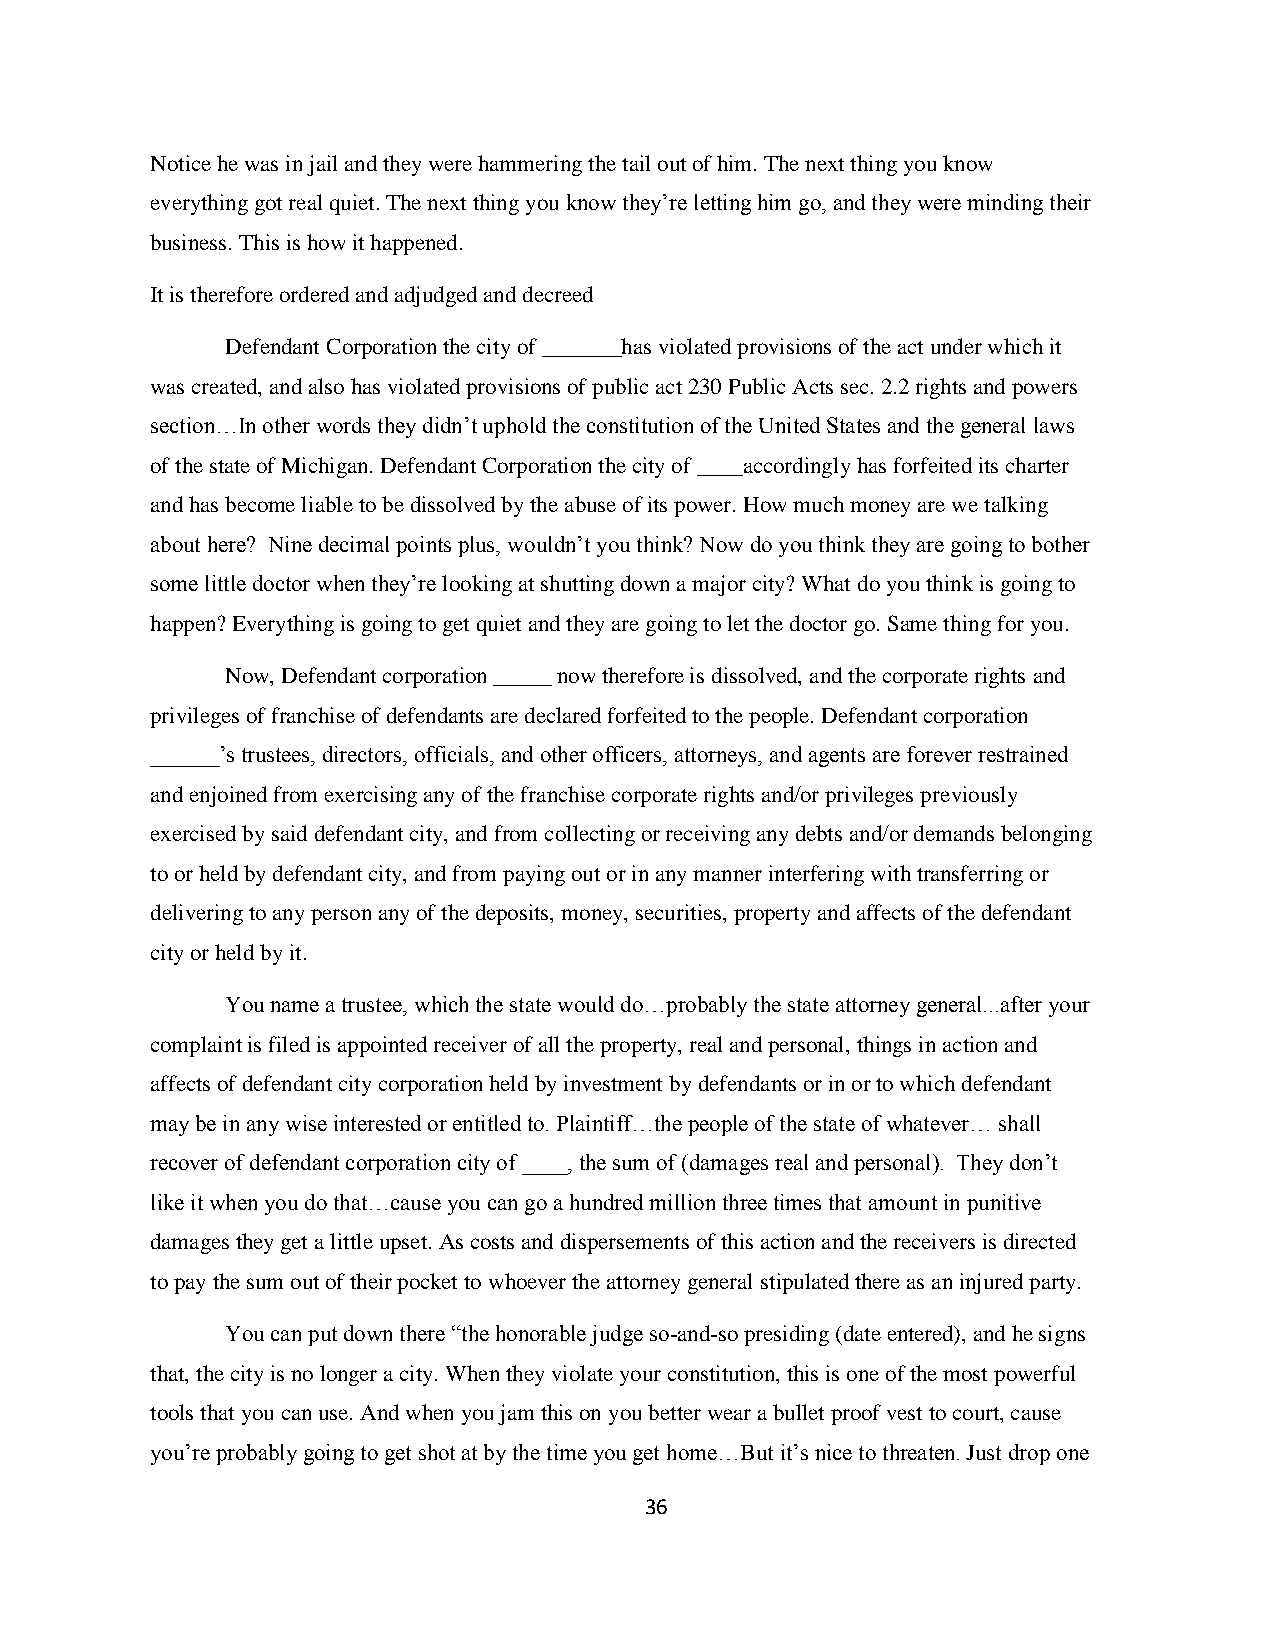
Notice he was in jail and they were hammering the tail out of him. The next thing you know
 everything got real quiet. The next thing you know they‟re letting him go, and they were minding their
 business. This is how it happened.
 It is therefore ordered and adjudged and decreed
 Defendant Corporation the city of _______has violated provisions of the act under which it
 was created, and also has violated provisions of public act 230 Public Acts sec. 2.2 rights and powers
 section…In other words they didn‟t uphold the constitution of the United States and the general laws
 of the state of Michigan. Defendant Corporation the city of ____accordingly has forfeited its charter
 and has become liable to be dissolved by the abuse of its power. How much money are we talking
 about here? Nine decimal points plus, wouldn‟t you think? Now do you think they are going to bother
 some little doctor when they‟re looking at shutting down a major city? What do you think is going to
 happen? Everything is going to get quiet and they are going to let the doctor go. Same thing for you.
 Now, Defendant corporation _____ now therefore is dissolved, and the corporate rights and
 privileges of franchise of defendants are declared forfeited to the people. Defendant corporation
 ______‟s trustees, directors, officials, and other officers, attorneys, and agents are forever restrained
 and enjoined from exercising any of the franchise corporate rights and/or privileges previously
 exercised by said defendant city, and from collecting or receiving any debts and/or demands belonging
 to or held by defendant city, and from paying out or in any manner interfering with transferring or
 delivering to any person any of the deposits, money, securities, property and affects of the defendant
 city or held by it.
 You name a trustee, which the state would do…probably the state attorney general...after your
 complaint is filed is appointed receiver of all the property, real and personal, things in action and
 affects of defendant city corporation held by investment by defendants or in or to which defendant
 may be in any wise interested or entitled to. Plaintiff…the people of the state of whatever… shall
 recover of defendant corporation city of ____, the sum of (damages real and personal). They don‟t
 like it when you do that…cause you can go a hundred million three times that amount in punitive
 damages they get a little upset. As costs and dispersements of this action and the receivers is directed
 to pay the sum out of their pocket to whoever the attorney general stipulated there as an injured party.
 You can put down there “the honorable judge so-and-so presiding (date entered), and he signs
 that, the city is no longer a city. When they violate your constitution, this is one of the most powerful
 tools that you can use. And when you jam this on you better wear a bullet proof vest to court, cause
 you‟re probably going to get shot at by the time you get home…But it‟s nice to threaten. Just drop one
 36